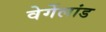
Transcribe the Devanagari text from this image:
वेर्गेलांड